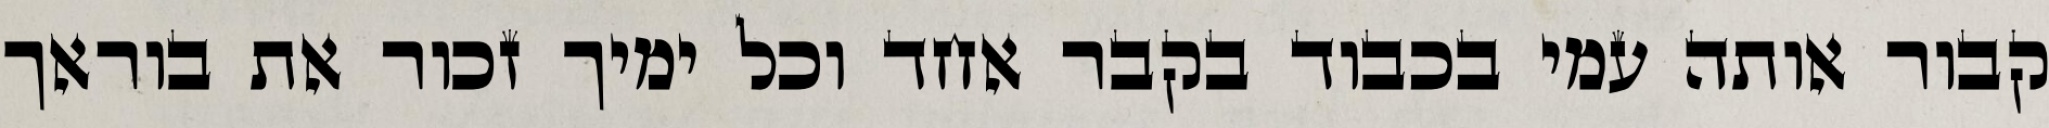
קבור אותה עמי בכבוד בקבר אחד וכל ימיך זכור את בוראך